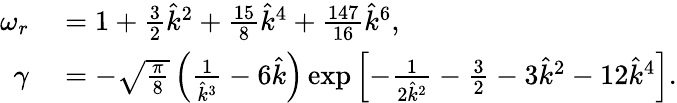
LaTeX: \begin{array}{rl}{\omega_{r}}&{{}=1+\frac{3}{2}\hat{k}^{2}+\frac{15}{8}\hat{k}^{4}+\frac{147}{16}\hat{k}^{6},}\\ {\gamma}&{{}=-\sqrt{\frac{\pi}{8}}\left(\frac{1}{\hat{k}^{3}}-6\hat{k}\right)\exp\left[-\frac{1}{2\hat{k}^{2}}-\frac{3}{2}-3\hat{k}^{2}-12\hat{k}^{4}\right].}\end{array}